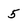
Character: 5